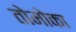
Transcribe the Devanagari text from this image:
तोमोका